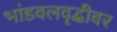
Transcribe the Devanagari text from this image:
भांडवलवृद्धीवर